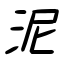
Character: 泥